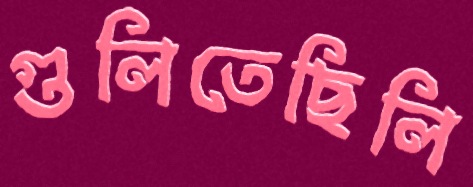
গুলিতেছিলি